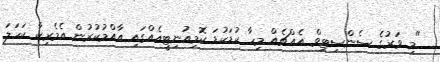
"މި ވަރުގެ ސެންސިޓިވް އެއްޗެއް މިހާ ކުޑަކުޑަ ކޮމިއުނިޓީއެއްގައި އާއްމުކުރުން އެމެރިކާ ކަހަލަ